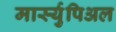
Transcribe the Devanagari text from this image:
मार्स्युपिअल